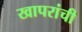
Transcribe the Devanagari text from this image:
खापरांची